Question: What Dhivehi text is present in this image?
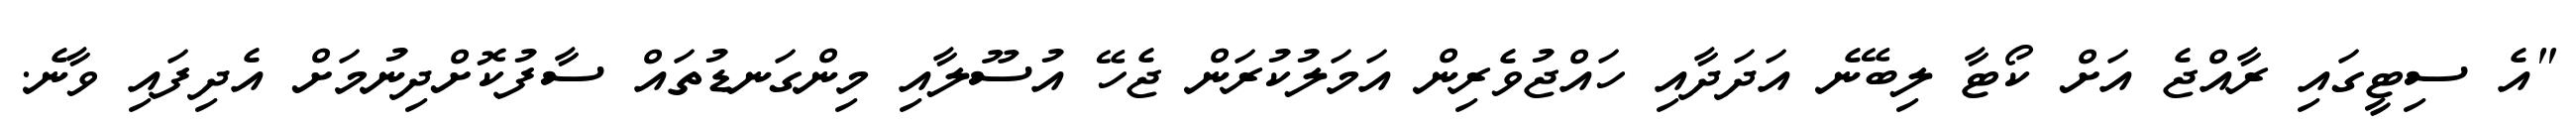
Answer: "އެ ސިޓީގައި ރާއްޖެ އަށް ކޯޓާ ލިބޭނެ އަދަދާއި ހައްޖުވެރިން އަމަލުކުރަން ޖެހޭ އުސޫލާއި މިންގަނޑުތައް ސާފުކޮށްދިނުމަށް އެދިފައި ވާނެ.